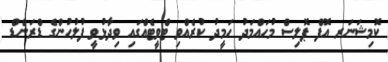
ކޮމިޝަނަރ އޮފް ޕޮލިސް މުހައްމަދު ހަމީދު ކުރެއްވި ޓްވީޓެއްގައި ވިދާޅުވީ ފުލުހުންގެ ޑްރަންޑް